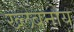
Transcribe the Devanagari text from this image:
ख्लेबनोय